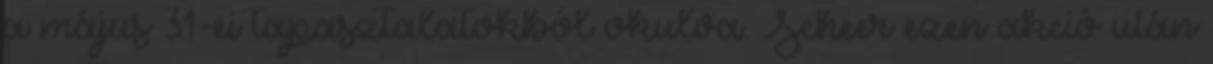
a május 31-ei tapasztalatokból okulva. Scheer ezen akció után